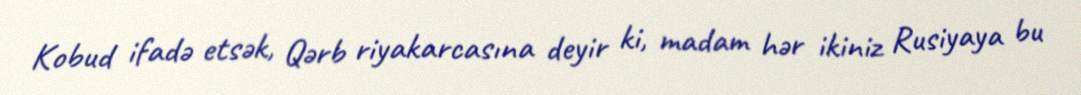
Kobud ifadə etsək, Qərb riyakarcasına deyir ki, madam hər ikiniz Rusiyaya bu